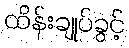
ထိန်းချုပ်ခွင့်